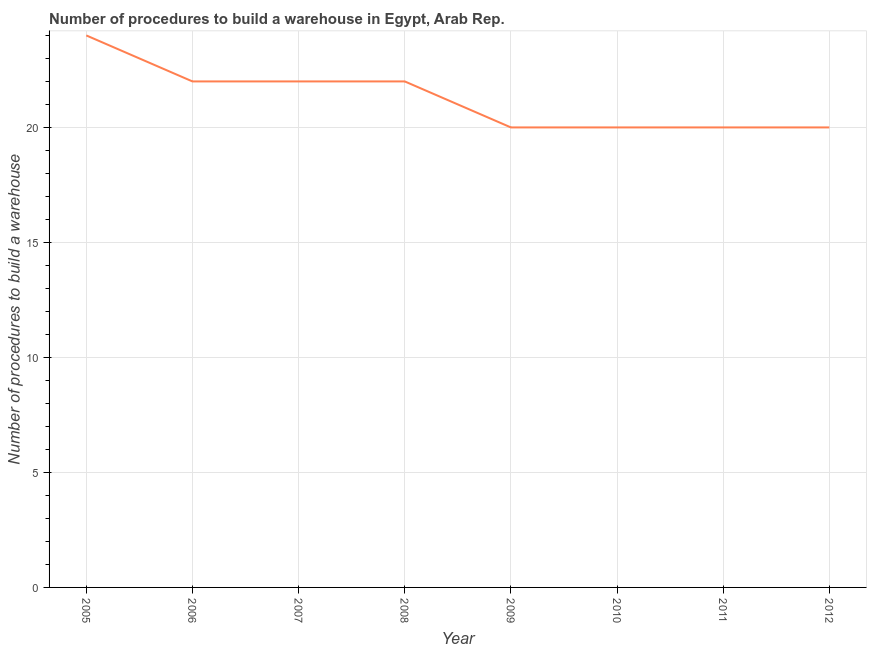
| Year | Build a warehouse |
 | --- | --- |
 | 2005 | 24 |
 | 2006 | 22 |
 | 2007 | 22 |
 | 2008 | 22 |
 | 2009 | 20 |
 | 2010 | 20 |
 | 2011 | 20 |
 | 2012 | 20 |